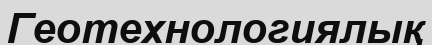
Геотехнологиялық